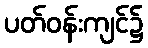
ပတ်ဝန်းကျင်၌